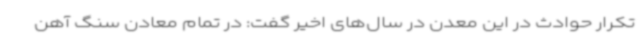
تکرار حوادث در این معدن در سال‌های اخیر گفت: در تمام معادن سنگ ‌آهن